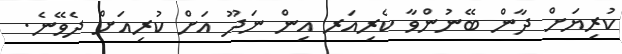
ކުރިޔަށް ދާން ބޭނުންވާ ކެރިއަރ އިން ނަދޫ އަށް ކުރިއަށް ދެވޭނެ.